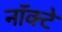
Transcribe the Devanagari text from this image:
नॉक्टे